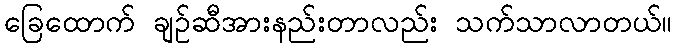
ခြေထောက် ချဉ်ဆီအားနည်းတာလည်း သက်သာလာတယ်။